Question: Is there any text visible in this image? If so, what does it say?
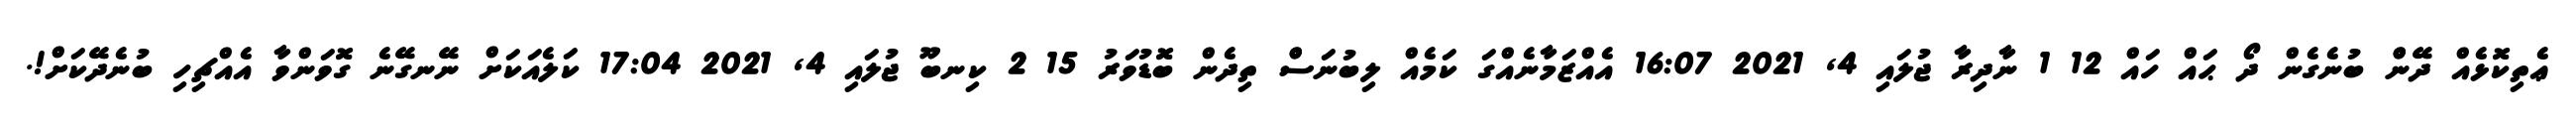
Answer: ޢެތިކޮޅެއް ދޭންް ބުނެގެން ދޯ ޙައް ހައް 12 1 ނާދިރާ ޖުލައި 4, 2021 16:07 އެއްޒަމާނެއްގަ ކަމެއް ލިބުނަސްް ތިދެން ބޮޑުވަރު 15 2 ކިނބޫ ޖުލައި 4, 2021 17:04 ކަލެއަކަށް ނޭނގޭނެ ގޮވަންވާ އެއްޗިހި ބުނެދޭކަށް!.